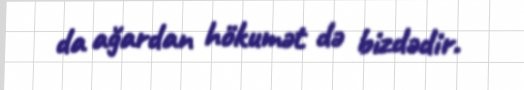
da ağardan hökumət də bizdədir.